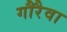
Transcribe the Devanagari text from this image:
गौरैवा